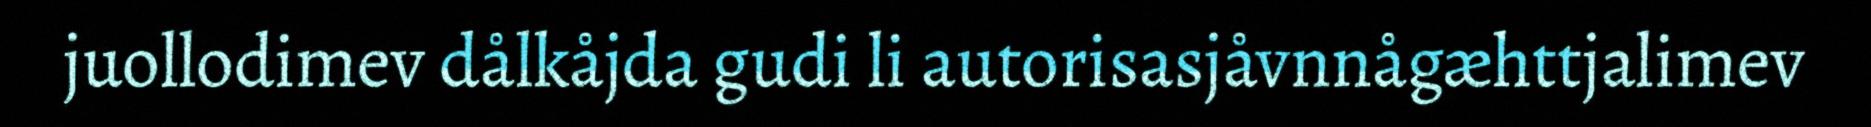
juollodimev dålkåjda gudi li autorisasjåvnnågæhttjalimev